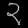
Digit: ၃